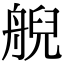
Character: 𦩊